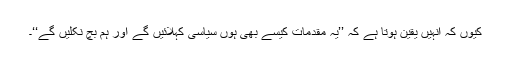
کیوں کہ انہیں یقین ہوتا ہے کہ ’’یہ مقدمات کیسے بھی ہوں سیاسی کہلائیں گے اور ہم بچ نکلیں گے‘‘۔